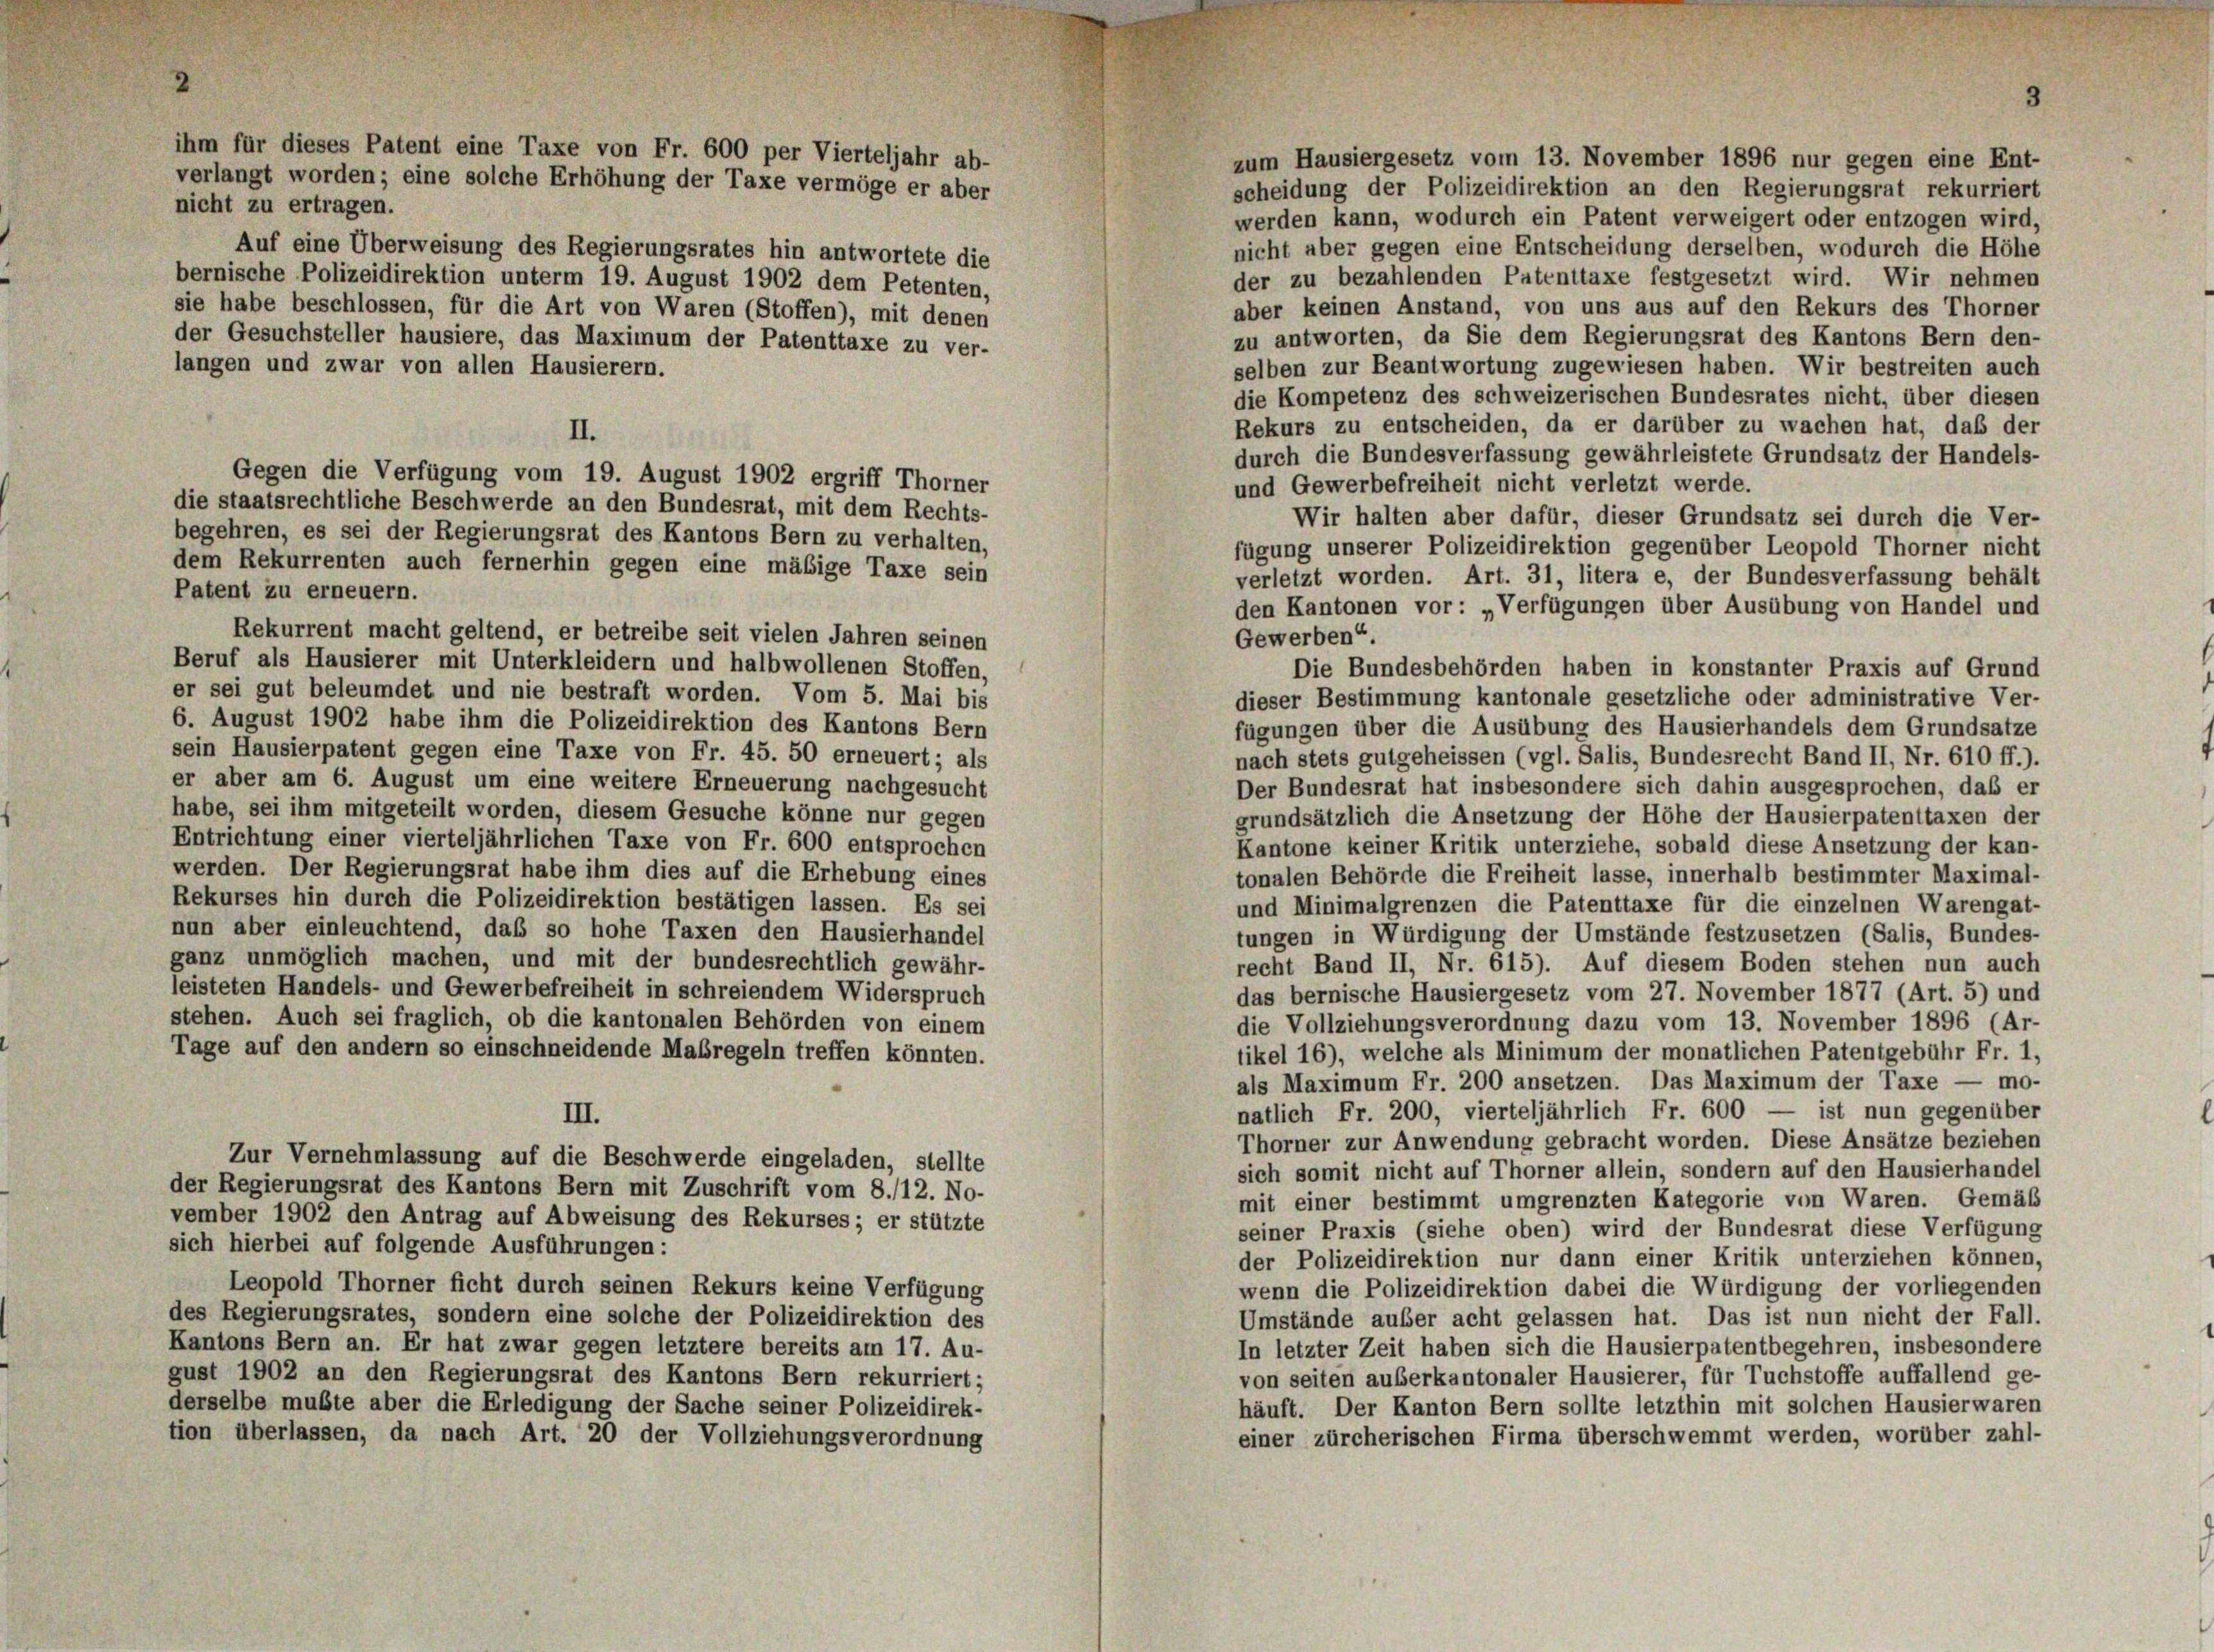
zum Hausiergesetz vom 13. November 1896 nur gegen eine Ent-
scheidung der Polizeidirektion an den Regierungsrat rekurriert
nicht zu ertragen.
werden kann, wodurch ein Patent verweigert oder entzogen wird
nicht aber gegen eine Entscheidung derselben, wodurch die Höh
Auf eine Überweisung des Regierungsrates hin antwortete die
der zu bezahlenden Patenttaxe festgesetzt wird. Wir nehmen
bernische Polizeidirektion unterm 19. August 1902 dem Petenten,
sie habe beschlossen, für die Art von Waren (Stoffen), mit denen
aber keinen Anstand, von uns aus auf den Rekurs des Thorne
zu antworten, da Sie dem Regierungsrat des Kantons Bern den
der Gesuchsteller hausiere, das Maximum der Patenttaxe zu ver-
langen und zwar von allen Hausierern.
selben zur Beantwortung zugewiesen haben. Wir bestreiten auc
die Kompetenz des schweizerischen Bundesrates nicht, über dieses
Rekurs zu entscheiden, da er darüber zu wachen hat, daß de
II.
durch die Bundesverfassung gewährleistete Grundsatz der Handels
Gegen die Verfügung vom 19. August 1902 ergriff Thorner
und Gewerbefreiheit nicht verletzt werde.
die staatsrechtliche Beschwerde an den Bundesrat, mit dem Rechts-
Wir halten aber dafür, dieser Grundsatz sei durch die Ver
begehren, es sei der Regierungsrat des Kantons Bern zu verhalten,
fügung unserer Polizeidirektion gegenüber Leopold Thorner nicht
dem Rekurrenten auch fernerhin gegen eine mäßige Taxe sein
verletzt worden. Art. 31, litera e, der Bundesverfassung behäl
Patent zu erneuern.
den Kantonen vor: Verfügungen über Ausübung von Handel und
Rekurrent macht geltend, er betreibe seit vielen Jahren seinen
Gewerben“.
Beruf als Hausierer mit Unterkleidern und halbwollenen Stoffen,
Die Bundesbehörden haben in konstanter Praxis auf Grund
er sei gut beleumdet und nie bestraft worden. Vom 5. Mai bis
dieser Bestimmung kantonale gesetzliche oder administrative Ver
6. August 1902 habe ihm die Polizeidirektion des Kantons Bern
fügungen über die Ausübung des Hausierhandels dem Grundsatz,
sein Hausierpatent gegen eine Taxe von Fr. 45. 50 erneuert; als
nach stets gutgeheissen (vgl. Salis, Bundesrecht Band II, Nr. 610 ff.
er aber am 6. August um eine weitere Erneuerung nachgesucht
Der Bundesrat hat insbesondere sich dahin ausgesprochen, daß ei
habe, sei ihm mitgeteilt worden, diesem Gesuche könne nur gegen
grundsätzlich die Ansetzung der Höhe der Hausierpatenttaxen de
Entrichtung einer vierteljährlichen Taxe von Fr. 600 entsprochen
Kantone keiner Kritik unterziehe, sobald diese Ansetzung der kan
werden. Der Regierungsrat habe ihm dies auf die Erhebung eines
tonalen Behörde die Freiheit lasse, innerhalb bestimmter Maximal
Rekurses hin durch die Polizeidirektion bestätigen lassen. Es sei
und Minimalgrenzen die Patenttaxe für die einzelnen Warengat
nun aber einleuchtend, daß so hohe Taxen den Hausierhandel
tungen in Würdigung der Umstände festzusetzen (Salis, Bundes
ganz unmöglich machen, und mit der bundesrechtlich gewähr-
recht Band II, Nr. 615). Auf diesem Boden stehen nun auch
leisteten Handels- und Gewerbefreiheit in schreiendem Widerspruch
das bernische Hausiergesetz vom 27. November 1877 (Art. 5) un
stehen. Auch sei fraglich, ob die kantonalen Behörden von einem
die Vollziehungsverordnung dazu vom 13. November 1896 (Ar
Tage auf den andern so einschneidende Maßregeln treffen könnten.
tikel 16), welche als Minimum der monatlichen Patentgebühr Fr. 1
als Maximum Fr. 200 ansetzen. Das Maximum der Taxe — mo
natlich Fr. 200, vierteljährlich Fr. 600 — ist nun gegenübe
III.
Thorner zur Anwendung gebracht worden. Diese Ansätze beziehe
Zur Vernehmlassung auf die Beschwerde eingeladen, stellte
sich somit nicht auf Thorner allein, sondern auf den Hausierhande
der Regierungsrat des Kantons Bern mit Zuschrift vom 8./12. No-
mit einer bestimmt umgrenzten Kategorie von Waren. Gemäs
vember 1902 den Antrag auf Abweisung des Rekurses; er stützte
seiner Praxis (siehe oben) wird der Bundesrat diese Verfügun
sich hierbei auf folgende Ausführungen:
der Polizeidirektion nur dann einer Kritik unterziehen können
Leopold Thorner ficht durch seinen Rekurs keine Verfügung
wenn die Polizeidirektion dabei die Würdigung der vorliegendes
des Regierungsrates, sondern eine solche der Polizeidirektion des
Umstände außer acht gelassen hat. Das ist nun nicht der Fall
Kantons Bern an. Er hat zwar gegen letztere bereits am 17. Au-
In letzter Zeit haben sich die Hausierpatentbegehren, insbesondere
gust 1902 an den Regierungsrat des Kantons Bern rekurriert;
von seiten auserkantonaler Hausierer, für Tuchstoffe auffallend ge
derselbe mußte aber die Erledigung der Sache seiner Polizeidirek-
häuft. Der Kanton Bern sollte letzthin mit solchen Hausier waren
tion überlassen, da nach Art. 20 der Vollziehungsverordnung
einer zürcherischen Firma überschwemmt werden, worüber zahl

ihm für dieses Patent eine Taxe von Fr. 600 per Vierteljahr ab-
verlangt worden; eine solche Erhöhung der Taxe vermöge er aber